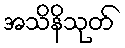
အသိနိသုတ်